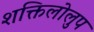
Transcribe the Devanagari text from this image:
शक्तिलोलुप